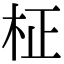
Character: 柾